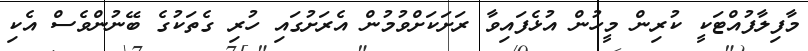
މާފިލާފުއްޓަކީ ކުރިން މީހުން އުޅެފައިވާ ރަށަކަށްވުމުން އެރަށުގައި ހުރި ގެތަކުގެ ބޭނުންވެސް އެކި